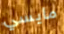
مايسي